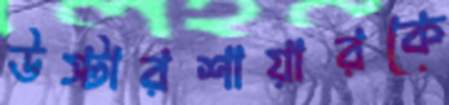
উস্টারশায়ারকে